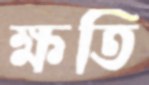
ক্ষতি